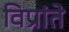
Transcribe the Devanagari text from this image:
विप्रांते